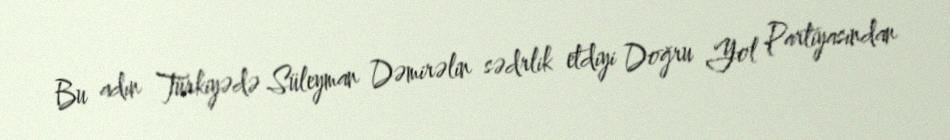
Bu adın Türkiyədə Süleyman Dəmirəlin sədrlik etdiyi Doğru Yol Partiyasından